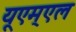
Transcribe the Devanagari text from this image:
यूएम्एल